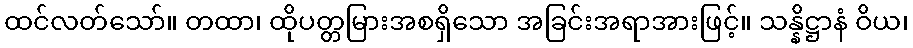
ထင်လတ်သော်။ တထာ၊ ထိုပတ္တမြားအစရှိသော အခြင်းအရာအားဖြင့်။ သန္နိဋ္ဌာနံ ဝိယ၊